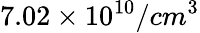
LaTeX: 7.02\times 10^{10}/cm^{3}